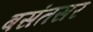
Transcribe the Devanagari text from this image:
बसंतसर